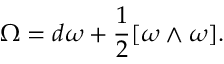
\Omega = d \omega + { \frac { 1 } { 2 } } [ \omega \wedge \omega ] .